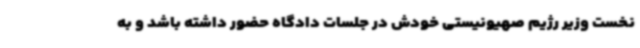
نخست وزیر رژیم صهیونیستی خودش در جلسات دادگاه حضور داشته باشد و به